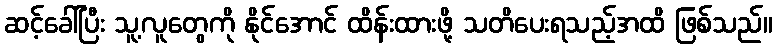
ဆင့်ခေါ်ပြီး သူ့လူတွေကို နိုင်အောင် ထိန်းထားဖို့ သတိပေးရသည့်အထိ ဖြစ်သည်။